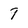
Character: 7